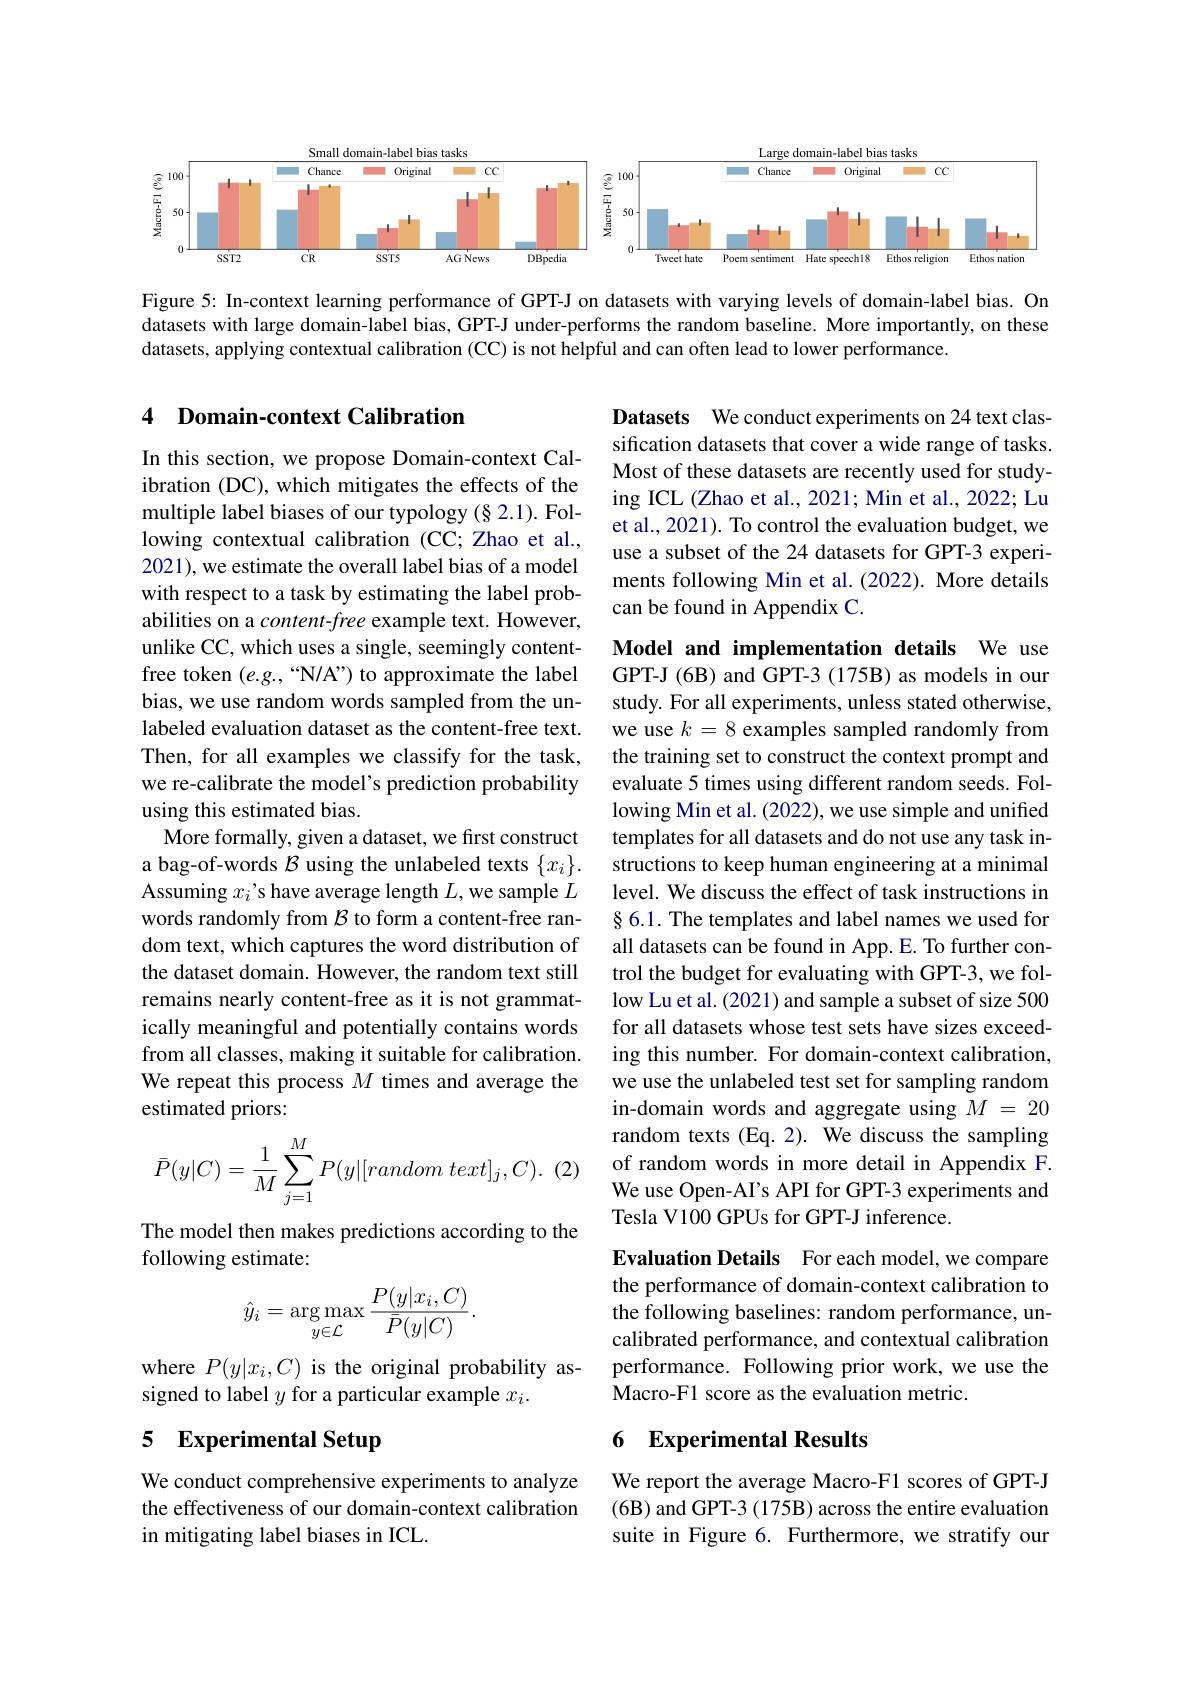
<FigureHere>

Figure 5: In-context learning performance of GPT-J on datasets with varying levels of domain-label bias. On datasets with large domain-label bias, GPT-J under-performs the random baseline. More importantly, on these datasets, applying contextual calibration (CC) is not helpful and can often lead to lower performance.

### 4 Domain-context Calibration

Datasets We conduct experiments on 24 text classification datasets that cover a wide range of tasks. Most of these datasets are recently used for studying ICL (Zhao et al., 2021; Min et al., 2022; Lu et al., 2021). To control the evaluation budget, we use a subset of the 24 datasets for GPT-3 experiments following Min et al. (2022). More details can be found in Appendix C.

In this section, we propose Domain-context Calibration (DC), which mitigates the effects of the multiple label biases of our typology (§ 2.1). Following contextual calibration (CC; Zhao et al., 2021), we estimate the overall label bias of a model with respect to a task by estimating the label probabilities on a $content-free$ example text. However, unlike CC, which uses a single, seemingly contentfree token (e.g.,“N/A”) to approximate the label bias, we use random words sampled from the unlabeled evaluation dataset as the content-free text. Then, for all examples we classify for the task, we re-calibrate the model's prediction probability using this estimated bias.
More formally, given a dataset, we first construct a bag-of-words $\mathcal{B}$ using the unlabeled texts $\{x_i\}.$ Assuming $x_i’$s have average length $L$, we sample $L$ words randomly from $\mathcal{B}$ to form a content-free random text, which captures the word distribution of the dataset domain. However, the random text still remains nearly content-free as it is not grammatically meaningful and potentially contains words from all classes, making it suitable for calibration. We repeat this process $M$ times and average the estimated priors:
$$\bar{P}(y|C)=\dfrac{1}{M}\sum_{j=1}^{M}P(y|[random\:text]_{j},C).$$
Model and implementation details We use GPT-J (6B) and GPT-3 (175B) as models in our study. For all experiments, unless stated otherwise, we use $k=8$ examples sampled randomly from the training set to construct the context prompt and evaluate 5 times using different random seeds. Following Min et al. (2022), we use simple and unified templates for all datasets and do not use any task instructions to keep human engineering at a minimal level. We discuss the effect of task instructions in § 6.1. The templates and label names we used for all datasets can be found in App. E. To further control the budget for evaluating with GPT-3, we follow Lu et al. (2021) and sample a subset of size 500 for all datasets whose test sets have sizes exceeding this number. For domain-context calibration, we use the unlabeled test set for sampling random in-domain words and aggregate using $M=20$ random texts (Eq. 2). We discuss the sampling of random words in more detail in Appendix F. We use Open-AI's API for GPT-3 experiments and Tesla V100 GPUs for GPT-J inference.

The model then makes predictions according to the
following estimate:
$$\hat{y}_i=\underset{y\in\mathcal{L}}{\arg\max}\frac{P(y|x_i,C)}{\bar{P}(y|C)}.$$
Evaluation Details For each model, we compare the performance of domain-context calibration to the following baselines: random performance, uncalibrated performance, and contextual calibration performance. Following prior work, we use the Macro-F1 score as the evaluation metric.

where $P(y|x_i,C)$ is the original probability as-
signed to label $y$ for a particular example $x_i.$

## 5 Experimental Setup

# 6 Experimental Results

We conduct comprehensive experiments to analyze the effectiveness of our domain-context calibration in mitigating label biases in ICL.

We report the average Macro-F1 scores of GPT-J (6B) and GPT-3 (175B) across the entire evaluation suite in Figure 6. Furthermore, we stratify our